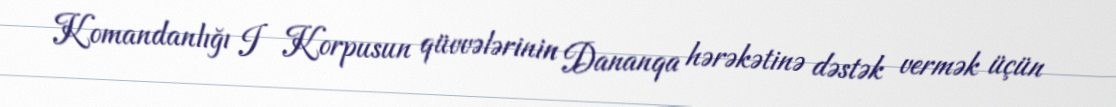
Komandanlığı I Korpusun qüvvələrinin Dananqa hərəkətinə dəstək vermək üçün